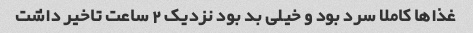
غذاها کاملا سرد بود و خیلى بد بود نزدیک ٢ ساعت تاخیر داشت